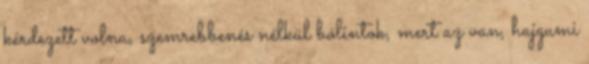
kérdezett volna, szemrebbenés nélkül bólintok, mert az van, hajgumi